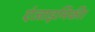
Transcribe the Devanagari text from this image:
एंजाइमिकी।